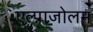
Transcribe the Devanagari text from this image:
एल्प्राजोलम